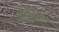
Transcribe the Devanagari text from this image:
गिरिवरधर